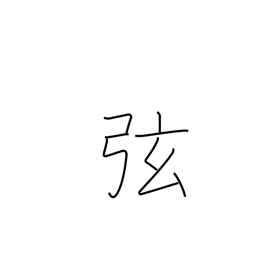
Meaning: hypotenuse